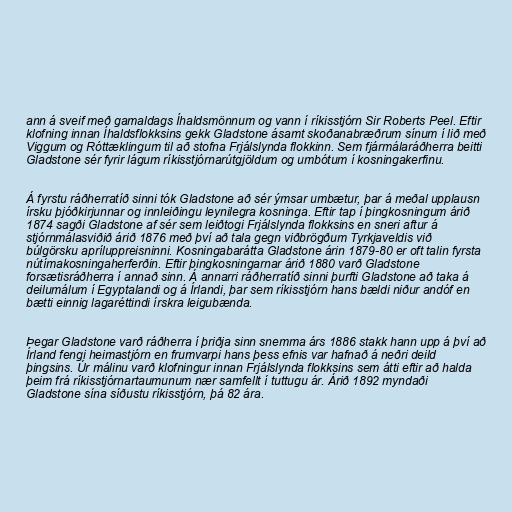
ann á sveif með gamaldags Íhaldsmönnum og vann í ríkisstjórn Sir Roberts Peel. Eftir
klofning innan Íhaldsflokksins gekk Gladstone ásamt skoðanabræðrum sínum í lið með
Viggum og Róttæklingum til að stofna Frjálslynda flokkinn. Sem fjármálaráðherra beitti
Gladstone sér fyrir lágum ríkisstjórnarútgjöldum og umbótum í kosningakerfinu.

Á fyrstu ráðherratíð sinni tók Gladstone að sér ýmsar umbætur, þar á meðal upplausn
írsku þjóðkirjunnar og innleiðingu leynilegra kosninga. Eftir tap í þingkosningum árið
1874 sagði Gladstone af sér sem leiðtogi Frjálslynda flokksins en sneri aftur á
stjórnmálasviðið árið 1876 með því að tala gegn viðbrögðum Tyrkjaveldis við
búlgörsku apríluppreisninni. Kosningabarátta Gladstone árin 1879-80 er oft talin fyrsta
nútímakosningaherferðin. Eftir þingkosningarnar árið 1880 varð Gladstone
forsætisráðherra í annað sinn. Á annarri ráðherratíð sinni þurfti Gladstone að taka á
deilumálum í Egyptalandi og á Írlandi, þar sem ríkisstjórn hans bældi niður andóf en
bætti einnig lagaréttindi írskra leigubænda.

Þegar Gladstone varð ráðherra í þriðja sinn snemma árs 1886 stakk hann upp á því að
Írland fengi heimastjórn en frumvarpi hans þess efnis var hafnað á neðri deild
þingsins. Úr málinu varð klofningur innan Frjálslynda flokksins sem átti eftir að halda
þeim frá ríkisstjórnartaumunum nær samfellt í tuttugu ár. Árið 1892 myndaði
Gladstone sína síðustu ríkisstjórn, þá 82 ára.